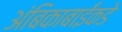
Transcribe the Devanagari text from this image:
अंबिकाबाईंकडे